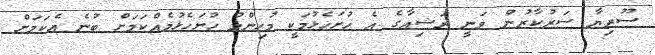
ސޫރިޔާ ސަރުކާރުން ވަނީ ރަޝިއާގެ އެ ހުށަހެޅުމަކީ މުހިންމު ހުށަހެޅުމެއްކަމަށް ބުނެ އެކަމަށް